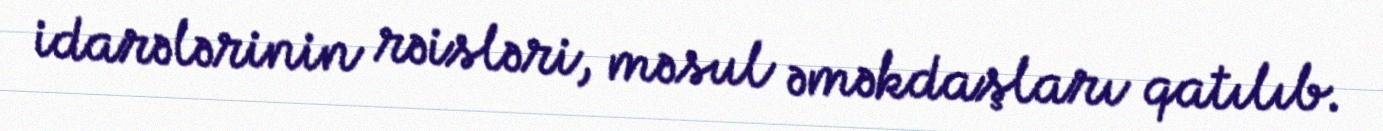
idarələrinin rəisləri, məsul əməkdaşları qatılıb.